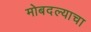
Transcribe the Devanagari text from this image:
मोबदल्याचा